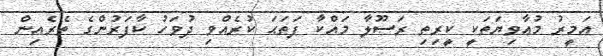
އަމީރު މުޢާވިޔަތަކީ ކީރިތި ރަސޫލާ މައްކާ ފަތަޙަ ކުރެއްވި ދުވަހު ކާފަރުންގެ ތެރެއިން